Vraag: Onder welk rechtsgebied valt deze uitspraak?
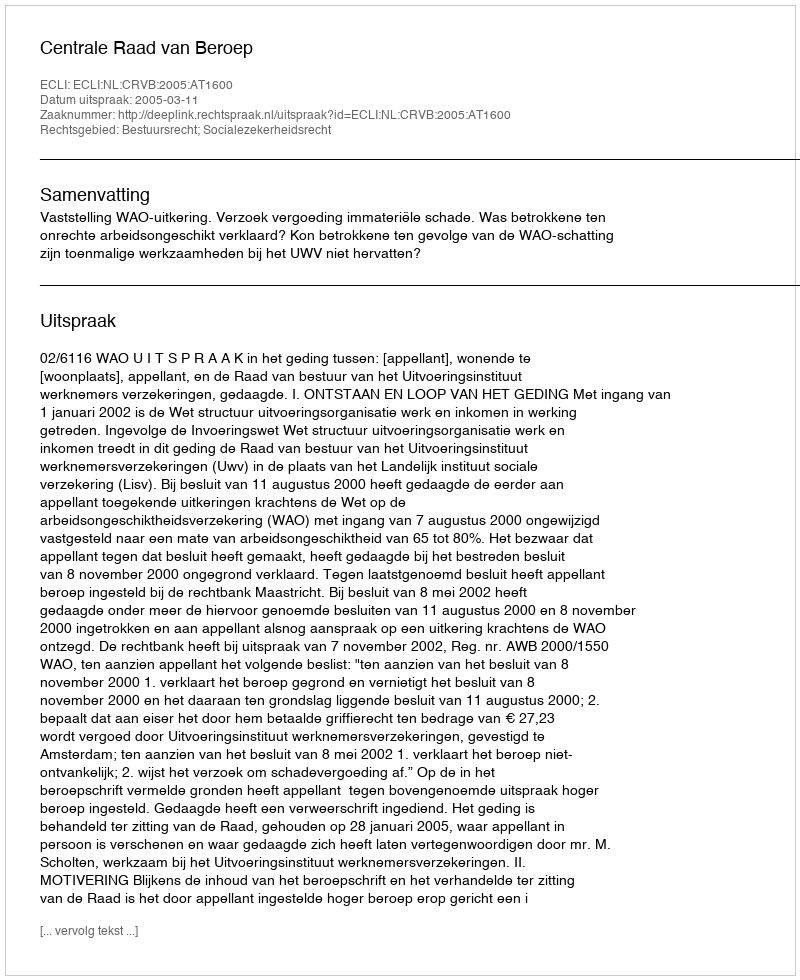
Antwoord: Bestuursrecht; Socialezekerheidsrecht